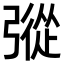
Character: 𢐔